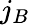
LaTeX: j_{B}